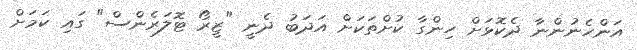
އަންހެނުންނާ ދެކޮޅަށް ހިންގާ ކުށްތަކަށް އަދަބު ދެނީ "ޒީރޯ ޓޮލަރެންސް" ގައި ކަމަށް